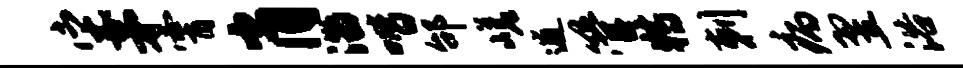
它茅霄肖淄喈邰嵯逋管特剌病翌浴